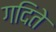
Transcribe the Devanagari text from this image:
गदिते